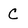
Character: C